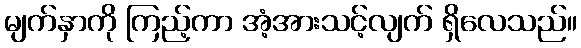
မျက်နှာကို ကြည့်ကာ အံ့အားသင့်လျက် ရှိလေသည်။